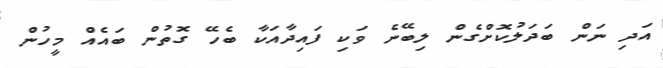
އަދި ނަން ބަދަލުކޮށްގެން ލިބޭނެ ވަކި ފައިދާއަކާ ބެހޭ ގޮތުން ބައެއް މީހުން